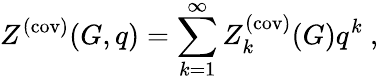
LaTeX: Z^{(\mathrm{cov)}}(G,q)=\sum_{k=1}^{\infty}Z_{k}^{(\mathrm{cov)}}(G)q^{k}~,